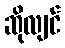
ဆိုလျင်